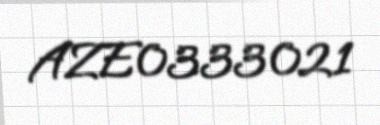
AZE0333021